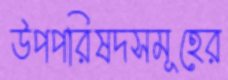
উপপরিষদসমূহের